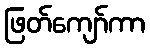
ဖြတ်ကျော်ကာ